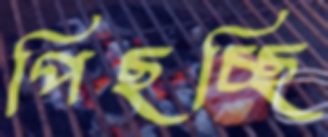
পিছচ্ছি